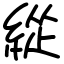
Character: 緃